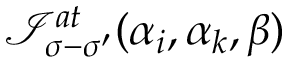
\mathcal { I } _ { \sigma - \sigma ^ { \prime } } ^ { a t } ( \alpha _ { i } , \alpha _ { k } , \beta )